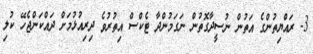
3- ރައްޔިތުންގެ އަތުން ނުސީދާގޮތުން ނަގަމުންދާ ޓެކްސް އިތުރުވެ ދިރިއުޅުމަށް ދައްކަންޖެހޭ ކުލި